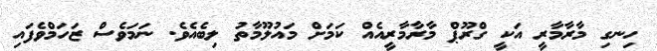
ހިނގި މާރާމާރީ އަކީ ގްރޫޕް މާރާމާރީއެއް ކަމަށް މައުލޫމާތު ލިބެއެވެ. ނަމަވެސް ޒަހަމްވެފައި